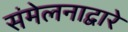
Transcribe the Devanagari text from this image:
संमेलनाद्वारे